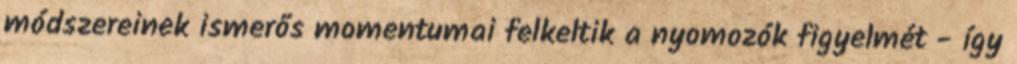
módszereinek ismerős momentumai felkeltik a nyomozók figyelmét - így